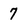
Character: 7